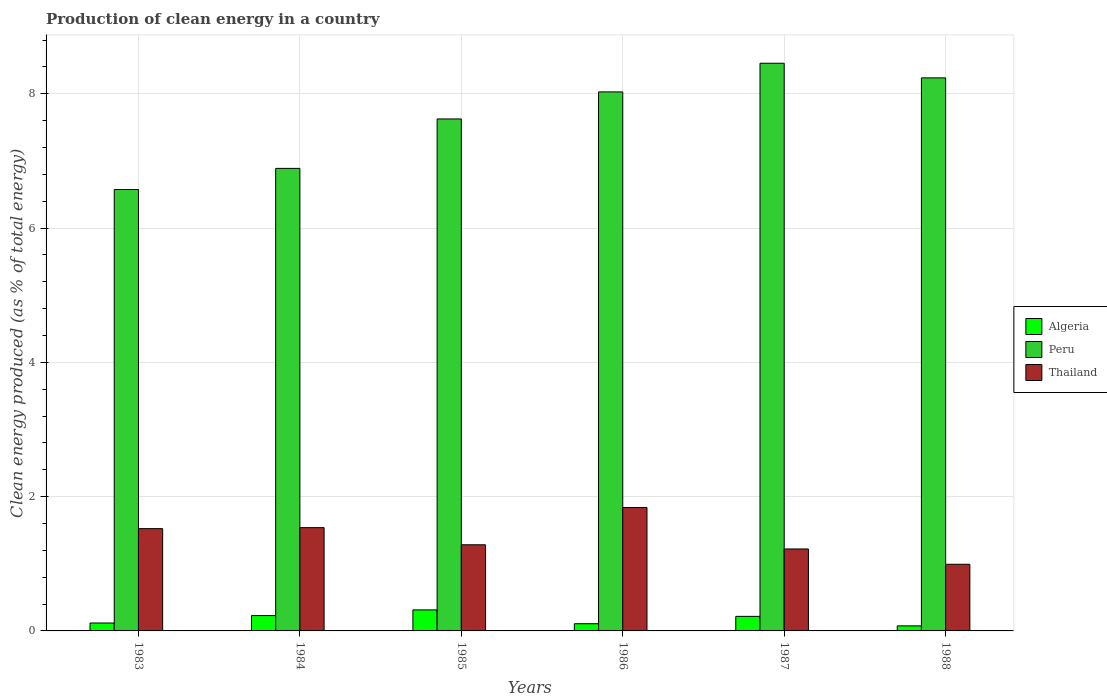
| Years | Algeria | Peru | Thailand |
 | --- | --- | --- | --- |
 | 1983 | 0.118 | 6.58 | 1.52 |
 | 1984 | 0.229 | 6.89 | 1.54 |
 | 1985 | 0.313 | 7.63 | 1.28 |
 | 1986 | 0.107 | 8.03 | 1.84 |
 | 1987 | 0.217 | 8.46 | 1.22 |
 | 1988 | 0.0753 | 8.24 | 0.993 |